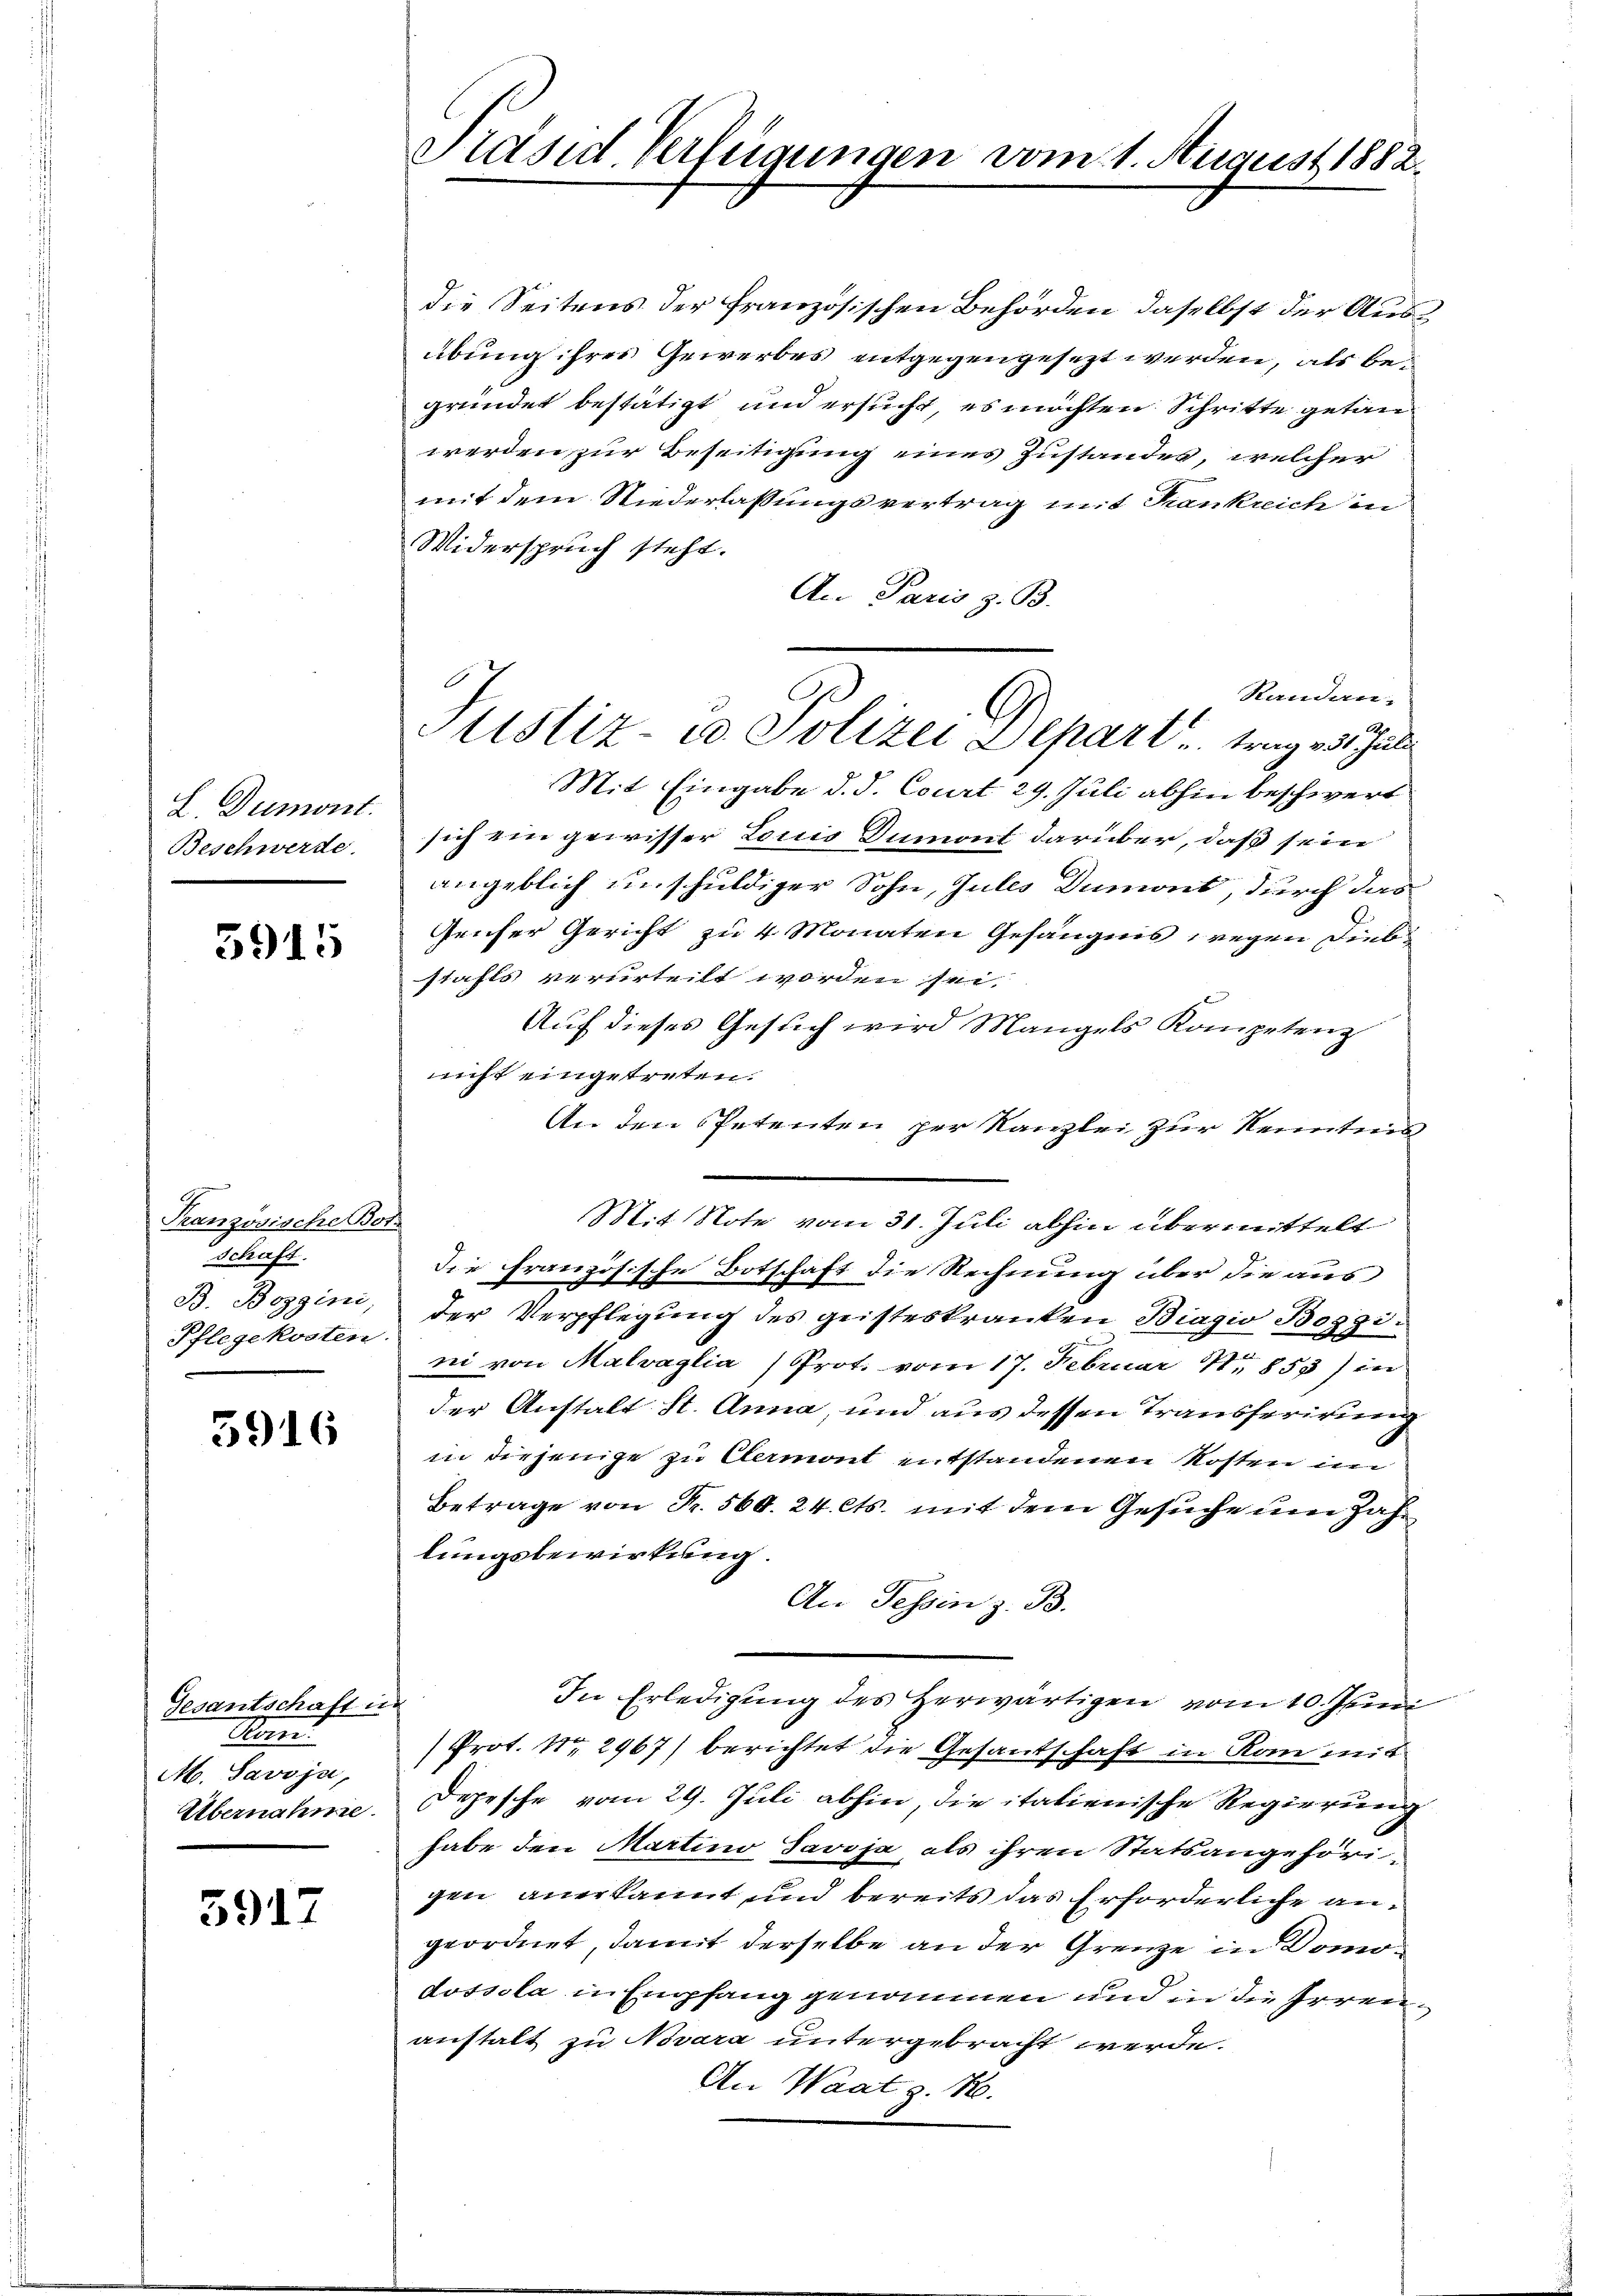
E Dumont.
Beschwerde.

5915

Tranzösische Bot.
schaft.
B. Boggini,
Pflegekosten.

5916

Gesantschaft inn
Kon
M. Savoja,

5917

Präsid. Verfügungen vom 1. August 1882.

die Seitens der französischen Behörden daselbst der Ausübung ihres Gewerbes entgegengesezt werden, als begründet bestätigt und ersucht, es möchten Schritte getanwerden zur Beseitigung eines Zustandes, welcher
mit dem Niederlassungsvertrag mit Krankreich in
Widerspruch steht.
An Paris z. B.
Mit Eingabe d. d. Court 29. Juli abhin beschwert
sich ein gewisser Louis Dumont darüber, daß sein
angeblich unschuldiger Sohn, Gutes Dumont, durch das
Geicher Gericht zu 4 Monaten Gefängnis wegen Diebstahls verurteilt worden sei.
Auf dieses Gesuch wird Mangels Kompetenz
nicht eingetreten.
An den Petenten per Kanzlei zur Kenntnis
—
Mit Note vom 31. Juli abhin übermittelt
die Französische Botschaft die Rechnung über die aus
der Verpflegung des geisteskranken Biagio Bozzini von Malvaglia /Prot. vom 17. Februar 1853) in
der Anstalt St. Anna, und aus dessen Transferirung
in diejenige zu Clermont entstandenen Kosten im
Betrage von Fr. 560. 24. Cts. mit dem Gesuche um Zahlungsbewirkung.
An Tessin z. B.
In Erledigung des Herwärtigen vom 10. Junii
Prot. Nr. 2967) berichtet die Gesandschaft in Rom mit
Übernahme. Depesche vom 29. Juli abhin, die italienische Regierung
habe den Martino Javoja, als ihren Statsangehörigen anerkannt und bereits das Erforderliche angeordnet, damit derselbe an der Grenze in Domodossola in Empfang genommen und in die Irrenanstalt zu Novara untergebracht werde.
An Waatz. 10.

Standan-
Justiz- u. Polizei Depart trag 23. Juli